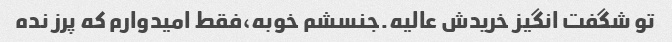
تو شگفت انگیز خریدش عالیه.جنسشم خوبه،فقط امیدوارم که پرز نده